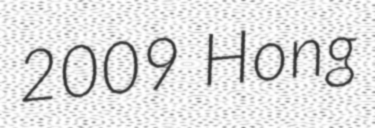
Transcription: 2009 Hong